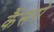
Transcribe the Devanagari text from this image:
कैंसरो